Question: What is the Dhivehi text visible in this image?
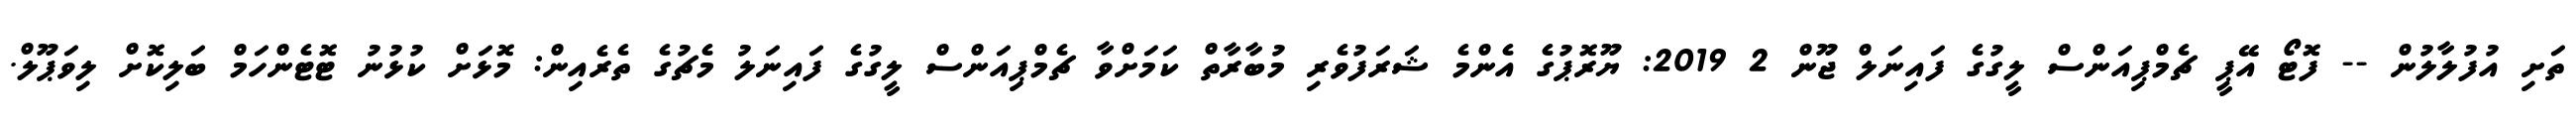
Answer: ތަށި އުފުލާލުން -- ފޮޓޯ އޭޕީ ޗެމްޕިއަންސް ލީގުގެ ފައިނަލް ޖޫން 2 2019: ޔޫރޮޕުގެ އެންމެ ޝަރަފުވެރި މުބާރާތް ކަމަށްވާ ޗެމްޕިއަންސް ލީގުގެ ފައިނަލު މެޗުގެ ތެރެއިން: މޮޅަށް ކުޅުނު ޓޮޓެންހަމް ބަލިކޮށް ލިވަޕޫލް.